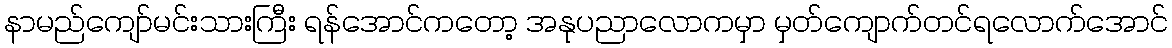
နာမည်ကျော်မင်းသားကြီး ရန်အောင်ကတော့ အနုပညာလောကမှာ မှတ်ကျောက်တင်ရလောက်အောင်